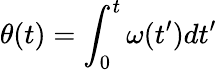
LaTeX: \theta(t)=\int_{0}^{t}\omega(t^{\prime})dt^{\prime}